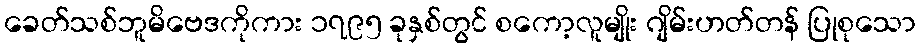
ခေတ်သစ်ဘူမိဗေဒကိုကား ၁၇၉၅ ခုနှစ်တွင် စကော့လူမျိုး ဂျိမ်းဟတ်တန် ပြုစုသော